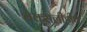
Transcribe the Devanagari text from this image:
बेक्सलीहीथ